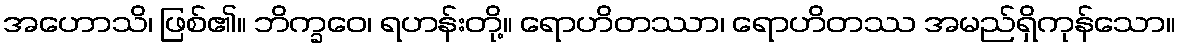
အဟောသိ၊ ဖြစ်၏။ ဘိက္ခဝေ၊ ရဟန်းတို့။ ရောဟိတဿာ၊ ရောဟိတဿ အမည်ရှိကုန်သော။